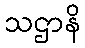
သဌာနိ